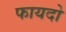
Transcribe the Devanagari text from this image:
फायदो